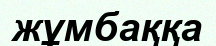
жұмбаққа